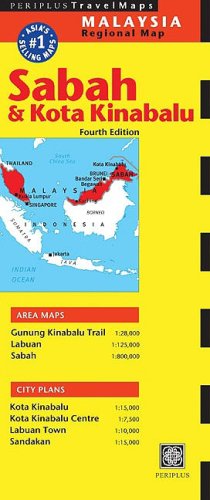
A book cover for Sabah & Kota Kinabalu Travel Map; Travel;